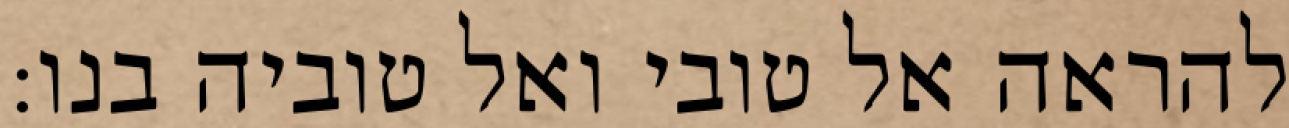
להראה אל טובי ואל טוביה בנו: